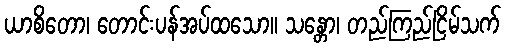
ယာစိတော၊ တောင်းပန်အပ်ထသော။ သန္တော၊ တည်ကြည်ငြိမ်သက်